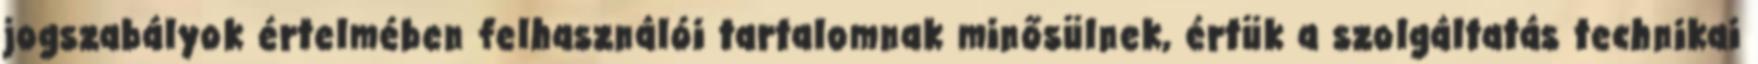
jogszabályok értelmében felhasználói tartalomnak minősülnek, értük a szolgáltatás technikai